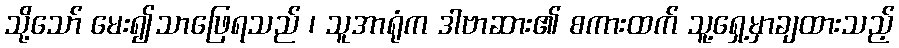
သို့သော် မေး၍သာဖြေရသည် ၊ သူအာရုံက ဒါဗာဆား၏ စကားထက် သူ့ရှေ့မှာချထားသည့်